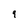
Character: 9